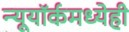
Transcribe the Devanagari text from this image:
न्यूयॉर्कमध्येही